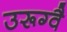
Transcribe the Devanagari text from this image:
उरूग्वै